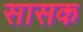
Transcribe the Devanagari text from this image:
सासक